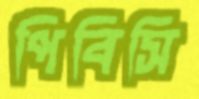
পিবিসি